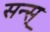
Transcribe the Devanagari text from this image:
सन्स्